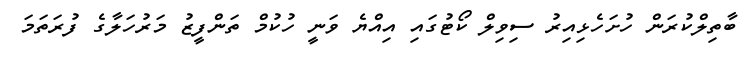
ބާތިލްކުރަން ހުށަހެޅިއިރު ސިވިލް ކޯޓުގައި އިއްޔެ ވަނީ ހުކުމް ތަންފީޒު މަރުހަލާގެ ފުރަތަމަ